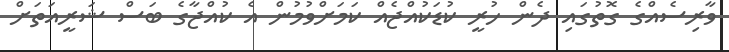
ވާރިސެއްގެ ގޮތުގައި ދެން ހުރީ ކުޑަކުއްޖެއް ކަމަށްވުމުން އެ ކުއްޖާގެ ބަސް ޝަރީއަތަށް